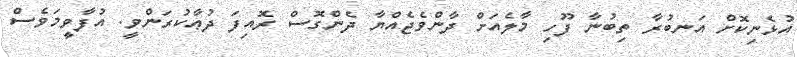
އުޅެނިކޮށް އަނބުރާ ތިބުނާ ފޫހި މާލެއަށް ދާންވެޖެއްޔާ ދެންގޮސް ރޮއިފަ ދުޢާކުރަންވީ. އުފާވީމަވެސް